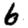
Digit: 6